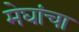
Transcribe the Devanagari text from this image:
मेघांचा